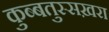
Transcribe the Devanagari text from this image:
कुब्बतुस्सख़रा